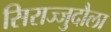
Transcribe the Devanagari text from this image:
सिराज्जुदौला